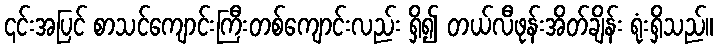
၎င်းအပြင် စာသင်ကျောင်းကြီးတစ်ကျောင်းလည်း ရှိ၍ တယ်လီဖုန်းအိတ်ချိန်း ရုံးရှိသည်။